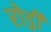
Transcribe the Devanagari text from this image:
रोड्री